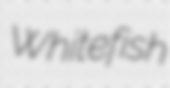
Whitefish